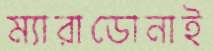
ম্যারাডোনাই